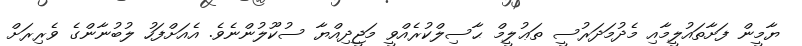
ޔާމީން ފަށާތައުލީމާއި މެދުމަދަރުސީ ތަޢުލީމް ޙާސިލްކުރެއްވީ މަޖީދިއްޔާ ސުކޫލުންނެވެ. އެއަށްފަހު ލުބުނާންގެ ވެރިރަށް